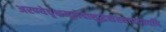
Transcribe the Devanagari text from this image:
अरण्येवृक्षमूलेवाशुद्धेसंस्थापयत्यपि